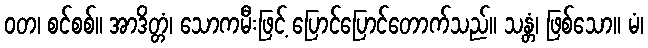
ဝတ၊ စင်စစ်။ အာဒိတ္တံ၊ သောကမီးဖြင့် ပြောင်ပြောင်တောက်သည်။ သန္တံ၊ ဖြစ်သော။ မံ၊